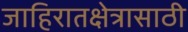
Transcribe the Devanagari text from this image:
जाहिरातक्षेत्रासाठी